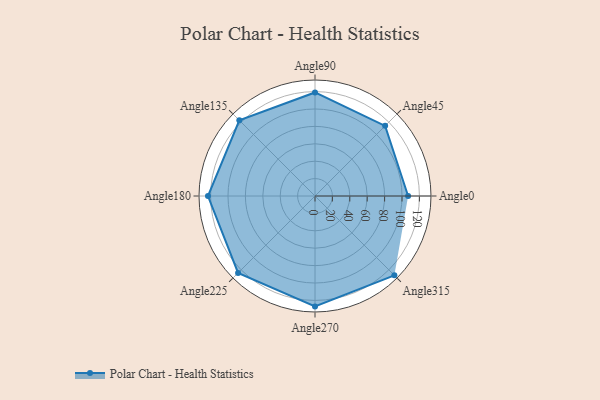
{"axis": {"x": "Angle", "y": "Radius"}, "legend": [""], "data": [{"x": "Angle0", "y": 107.0, "type": ""}, {"x": "Angle45", "y": 114.0, "type": ""}, {"x": "Angle90", "y": 119.0, "type": ""}, {"x": "Angle135", "y": 123.0, "type": ""}, {"x": "Angle180", "y": 123.0, "type": ""}, {"x": "Angle225", "y": 125.0, "type": ""}, {"x": "Angle270", "y": 127.0, "type": ""}, {"x": "Angle315", "y": 129.0, "type": ""}]}